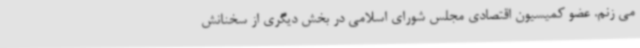
می زنم. عضو کمیسیون اقتصادی مجلس شورای اسلامی در بخش دیگری از سخنانش